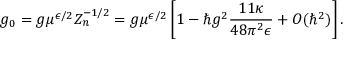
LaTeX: g _ { 0 } = g \mu ^ { \epsilon / 2 } Z _ { n } ^ { - 1 / 2 } = g \mu ^ { \epsilon / 2 } \left[ 1 - \hbar g ^ { 2 } \frac { 1 1 \kappa } { 4 8 \pi ^ { 2 } \epsilon } + { \cal O } ( \hbar ^ { 2 } ) \right] .